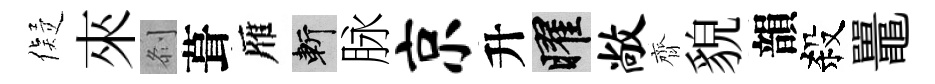
儗來𠛴葺雁斬脉京升曜敞齊貌韻殺鼉